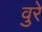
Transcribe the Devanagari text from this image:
वुरे